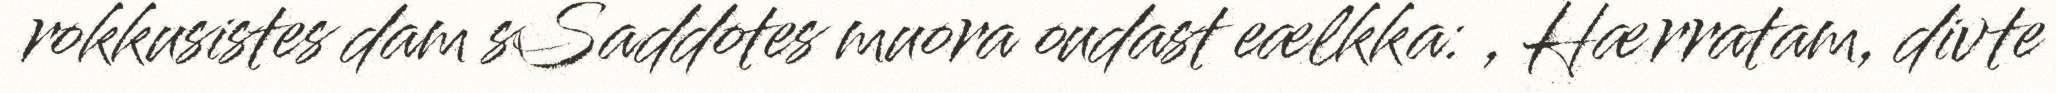
rokkusistes dam sSaddotes muora oudast eælkka: , Hærratam, divte